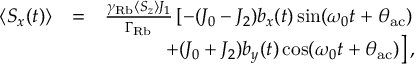
\begin{array} { r l r } { \langle S _ { x } ( t ) \rangle } & { = } & { \frac { \gamma _ { \mathrm { R b } } \langle S _ { z } \rangle J _ { 1 } } { \Gamma _ { \mathrm { R b } } } \left[ - ( J _ { 0 } - J _ { 2 } ) b _ { x } ( t ) \sin ( \omega _ { 0 } t + \theta _ { \mathrm { a c } } ) \right. } \\ & { } & { \left. + ( J _ { 0 } + J _ { 2 } ) b _ { y } ( t ) \cos ( \omega _ { 0 } t + \theta _ { \mathrm { a c } } ) \right] , } \end{array}